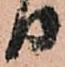
り